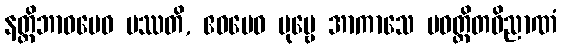
နတ္ထိဘာဝမေဝ ပဿတိ, ဧဝမေဝ ပုဗ္ဗေ အာကာသေ ပဝတ္တိတဝိညာဏံ